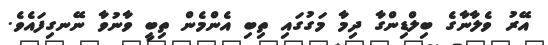
އޭރު ވެލާނާގެ ބިލްޑިންގާ ދިމާ މަގުގައި ތިބި އެންމެން ތިބީ ވާނުވާ ނޭނގިފައެވެ.